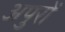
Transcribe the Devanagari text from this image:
अपुरों